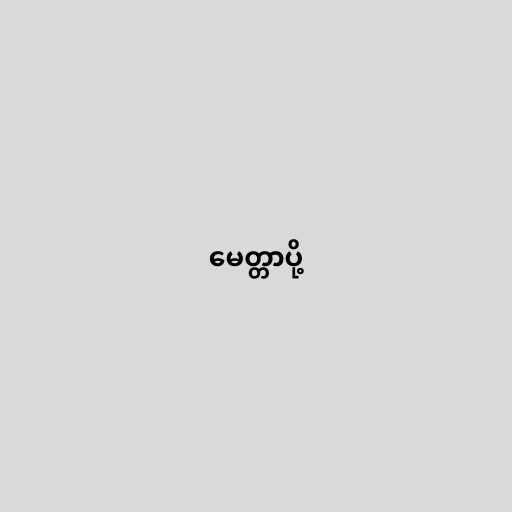
မေတ္တာပို့